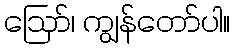
ဩော်၊ ကျွန်တော်ပါ။